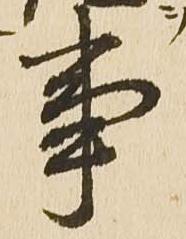
事